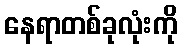
နေရာတစ်ခုလုံးကို